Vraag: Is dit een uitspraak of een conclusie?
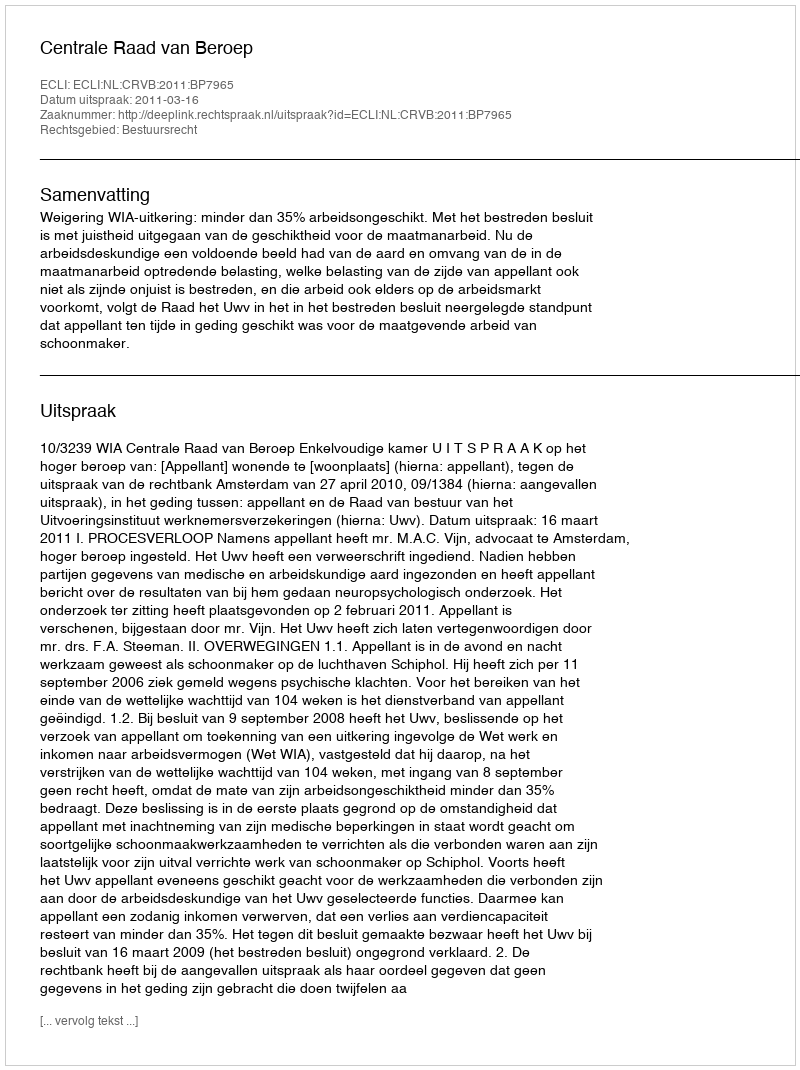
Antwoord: Uitspraak